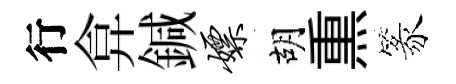
行弇鍼嫖胡𤋱篆